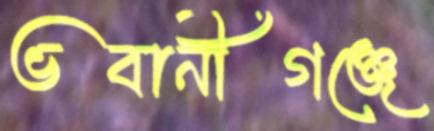
ভবানীগঞ্জে